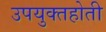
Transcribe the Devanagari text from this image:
उपयुक्तहोती